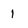
Character: 1